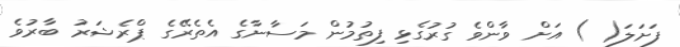
ފަށަލަ( ) އަށް ވާންވެ ގުރުގެޅި ފިތުމުން މަސާނާގެ އެތެރޭގެ ޕްރެޝަރު ބާރުވެ